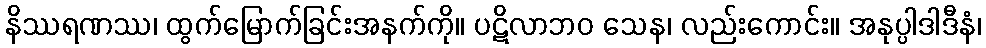
နိဿရဏဿ၊ ထွက်မြောက်ခြင်းအနက်ကို။ ပဋိလာဘဝ သေန၊ လည်းကောင်း။ အနုပ္ပါဒါဒီနံ၊